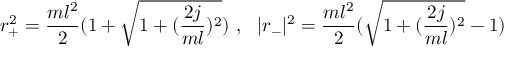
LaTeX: r _ { + } ^ { 2 } = { \frac { m l ^ { 2 } } { 2 } } ( 1 + \sqrt { 1 + ( { \frac { 2 j } { m l } } ) ^ { 2 } } ) ~ , ~ ~ | r _ { - } | ^ { 2 } = { \frac { m l ^ { 2 } } { 2 } } ( \sqrt { 1 + ( { \frac { 2 j } { m l } } ) ^ { 2 } } - 1 ) ~ ~